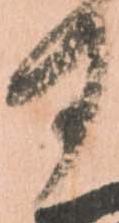
部